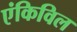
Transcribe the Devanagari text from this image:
एंकिविल